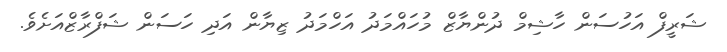
ޝަރީފް އަހުސަން ހާޝިމް ދުންޔާޒް މުހައްމަދު އަހްމަދު ޒިޔާން އަދި ހަސަން ޝަފްރާޒްއަށެވެ.